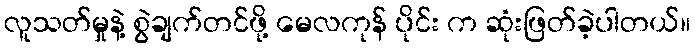
လူသတ်မှုနဲ့ စွဲချက်တင်ဖို့ မေလကုန် ပိုင်း က ဆုံးဖြတ်ခဲ့ပါတယ်။